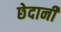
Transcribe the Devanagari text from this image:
छेदानी